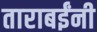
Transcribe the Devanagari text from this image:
ताराबईंनी